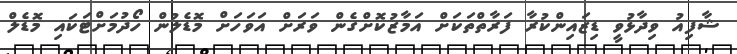
ޝާފިއު ވިދާޅުވީ ޑިޒައިންކުރާ ފަރާތްތަކަށް އަމާޒުކޮށްގެން ވަރަށް އަވަހަށް މޮޑެލުން ހޯދުމަށްޓަކައި މޮޑެލް